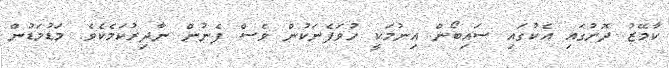
ކާމޭޒު ދޮށުގައި އެކުގައި ސައިބޯން އިނުމަކީ ހުވަފެނަކުން ވެސް ފެނުން ނާދިރުކަމެކެވެ. މަޑުމަޑުން